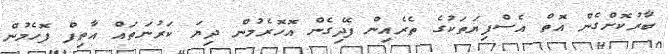
ބާރުކޮށްގެން އޮތް އެސްފިޔަތަކުގެ ތެރެއިން ފޭދިގެން އޮހޮރެމުން ދިޔަ ކަރުނަތައް އާތިފް ފޮހެމުން